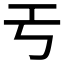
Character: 𢀔